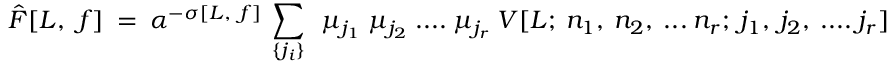
{ \hat { F } [ L , ~ f ] } ~ = ~ \alpha ^ { - \sigma [ L , ~ f ] } ~ \sum _ { \{ j _ { i } \} } ~ ~ \mu _ { j _ { 1 } } ~ \mu _ { j _ { 2 } } ~ . . . . ~ \mu _ { j _ { r } } ~ V [ L ; ~ n _ { 1 } , ~ n _ { 2 } , ~ . . . ~ n _ { r } ; ~ j _ { 1 } , ~ j _ { 2 } , ~ . . . . ~ j _ { r } ]